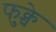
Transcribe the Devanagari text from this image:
फुक्चे